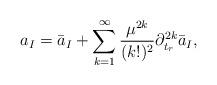
LaTeX: \begin{align*}a_{I}=\bar{a}_{I}+\sum_{k=1}^{\infty}{\mu^{2k}\over (k!)^2}\partial_{t_{r}}^{2k}\bar{a}_{I},\end{align*}